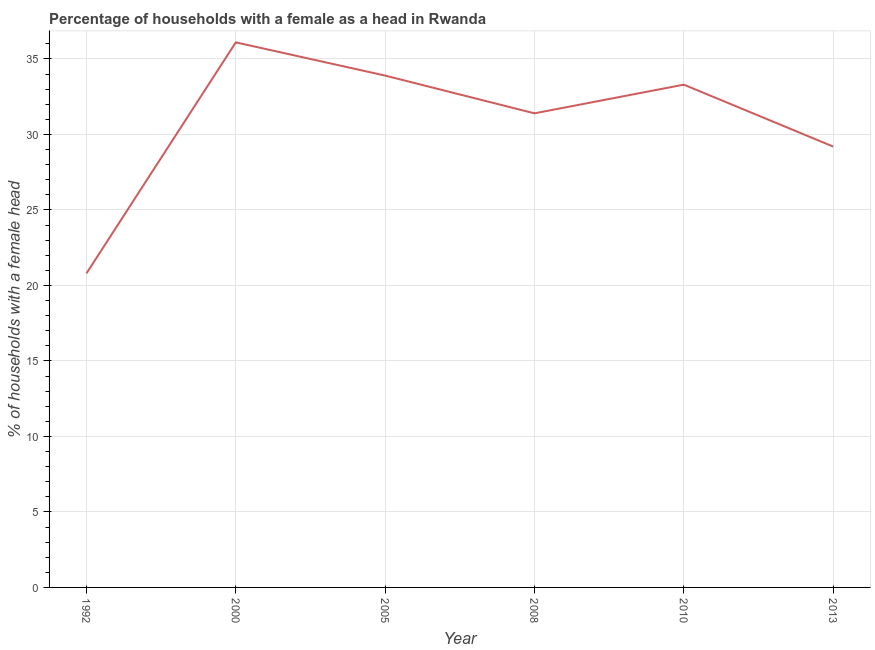
| Year | Female headed households |
 | --- | --- |
 | 1992 | 20.8 |
 | 2000 | 36.1 |
 | 2005 | 33.9 |
 | 2008 | 31.4 |
 | 2010 | 33.3 |
 | 2013 | 29.2 |